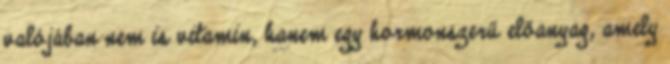
valójában nem is vitamin, hanem egy hormonszerű előanyag, amely